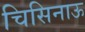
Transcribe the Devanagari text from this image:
चिसिनाऊ